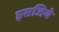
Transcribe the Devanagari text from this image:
इसजिये